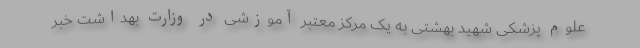
علوم پزشکی شهید بهشتی به یک مرکز معتبر آموزشی در وزارت بهداشت خبر